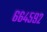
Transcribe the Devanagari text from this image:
६६४५९२